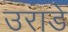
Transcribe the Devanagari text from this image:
उराडे